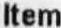
ITEM